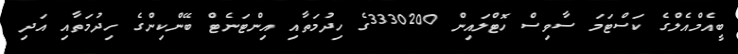
ބީއެމްއެލްގެ ކަސްޓަމަ ސާވިސް ހޮޓްލައިން 3330200ގެ ހިދުމަތާއި އިންޓަނެޓް ބޭންކިންގެ ހިދުމަތާއި އަދި